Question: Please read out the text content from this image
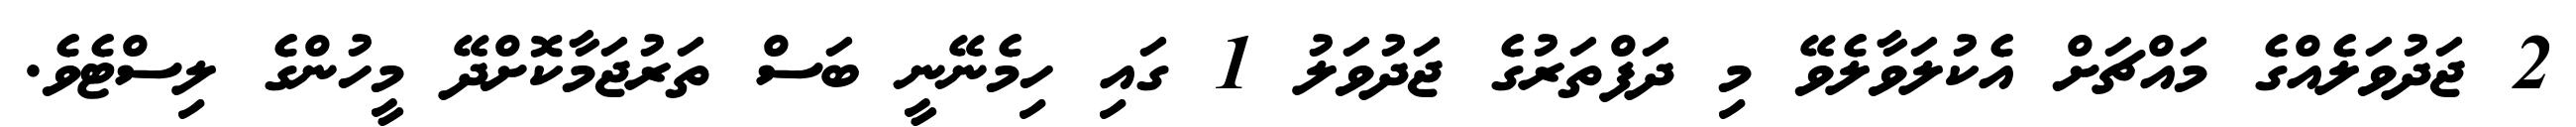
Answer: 2 ޖަދުވަލެއްގެ މައްޗަށް އެކުލަވާލެވޭ މި ދަފްތަރުގެ ޖަދުވަލު 1 ގައި ހިމެނޭނީ ބަސް ތަރުޖަމާކޮށްދޭ މީހުންގެ ލިސްޓެވެ.